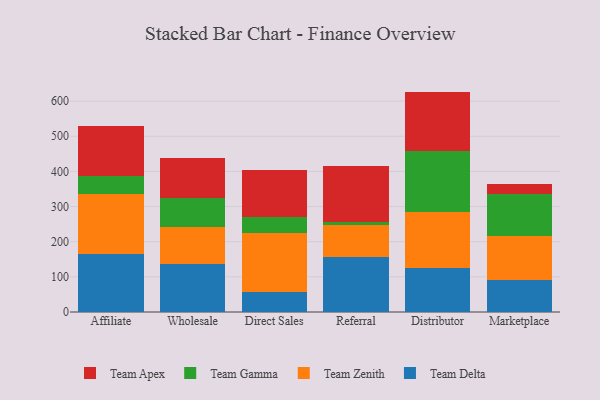
{"axis": {"x": "Channel", "y": "Energy Usage (MWh)"}, "legend": ["Team Apex", "Team Delta", "Team Gamma", "Team Zenith"], "data": [{"x": "Affiliate", "y": 164.8, "type": "Team Delta"}, {"x": "Affiliate", "y": 172.2, "type": "Team Zenith"}, {"x": "Affiliate", "y": 50.9, "type": "Team Gamma"}, {"x": "Affiliate", "y": 140.4, "type": "Team Apex"}, {"x": "Wholesale", "y": 136.9, "type": "Team Delta"}, {"x": "Wholesale", "y": 103.6, "type": "Team Zenith"}, {"x": "Wholesale", "y": 84.3, "type": "Team Gamma"}, {"x": "Wholesale", "y": 113.0, "type": "Team Apex"}, {"x": "Direct Sales", "y": 58.2, "type": "Team Delta"}, {"x": "Direct Sales", "y": 167.2, "type": "Team Zenith"}, {"x": "Direct Sales", "y": 43.8, "type": "Team Gamma"}, {"x": "Direct Sales", "y": 135.1, "type": "Team Apex"}, {"x": "Referral", "y": 157.1, "type": "Team Delta"}, {"x": "Referral", "y": 91.3, "type": "Team Zenith"}, {"x": "Referral", "y": 6.3, "type": "Team Gamma"}, {"x": "Referral", "y": 161.1, "type": "Team Apex"}, {"x": "Distributor", "y": 124.0, "type": "Team Delta"}, {"x": "Distributor", "y": 161.3, "type": "Team Zenith"}, {"x": "Distributor", "y": 173.7, "type": "Team Gamma"}, {"x": "Distributor", "y": 168.1, "type": "Team Apex"}, {"x": "Marketplace", "y": 90.7, "type": "Team Delta"}, {"x": "Marketplace", "y": 125.2, "type": "Team Zenith"}, {"x": "Marketplace", "y": 120.1, "type": "Team Gamma"}, {"x": "Marketplace", "y": 28.0, "type": "Team Apex"}]}